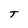
Character: t